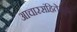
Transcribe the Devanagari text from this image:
आचारसंहितेमुळे